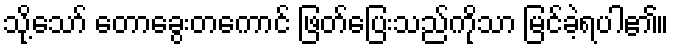
သို့သော် တောခွေးတကောင် ဖြတ်ပြေးသည်ကိုသာ မြင်ခဲ့ရပါ၏။